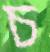
চ